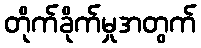
တိုက်ခိုက်မှုအတွက်